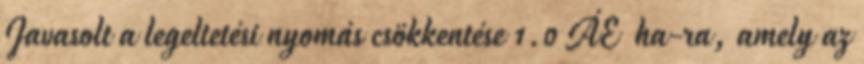
Javasolt a legeltetési nyomás csökkentése 1.0 ÁE ha-ra, amely az